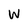
Character: W